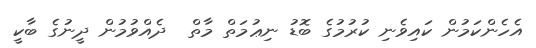
އެހެންކަމުން ކައިވެނި ކުރުމުގެ ބޮޑު ނިޢުމަތް މާތް  ދެއްވުމުން ދީނުގެ ބާކީ